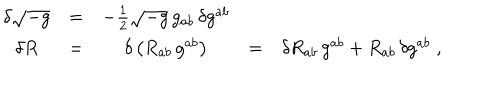
\begin{array} { c c c c c } { { \delta \sqrt { - g } } } & { { = } } & { { - { \frac { 1 } { 2 } } \sqrt { - g } \, g _ { a b } \, \delta g ^ { a b } } } & { { \ } } & { { } } \\ { { \delta R } } & { { = } } & { { \delta \left( R _ { a b } \, g ^ { a b } \right) } } & { { = } } & { { \delta R _ { a b } \, g ^ { a b } + R _ { a b } \, \delta g ^ { a b } \; , } } \\ \end{array}